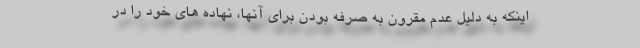
اینکه به دلیل عدم مقرون به صرفه بودن برای آنها، نهاده های خود را در